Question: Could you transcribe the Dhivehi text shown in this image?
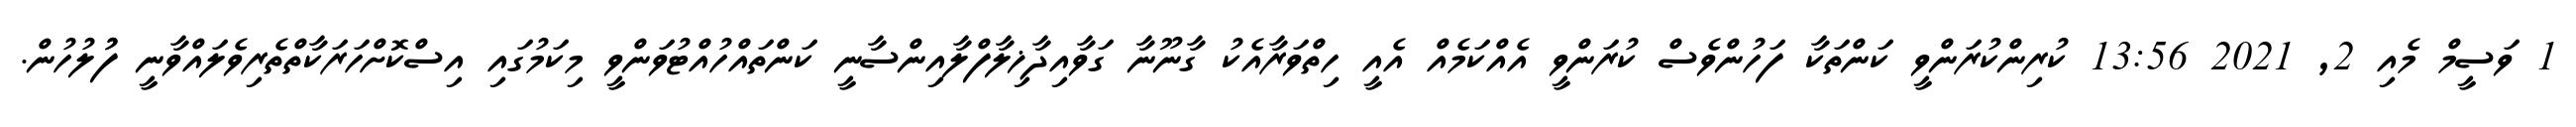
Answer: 1 ވަސީމް މެއި 2, 2021 13:56 ކުރިންކުރަންވީ ކަންތަކާ ފަހުންވެސް ކުރަންވީ އެއްކަމެއް އެއީ ހިތްވަރާއެކު ގާނޫނާ ގަވާއިދާޚިލާފްލާއިންސާނީ ކަންތައްހުއްޓުވަންވީ މިކަމުގައި އިސްކޮށްހަރަކާތްތެރިވެލައްވާނީ ފުުލުހުން.